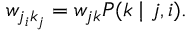
w _ { j _ { i } k _ { j } } = w _ { j k } P ( k \mid j , i ) .